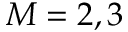
M = 2 , 3